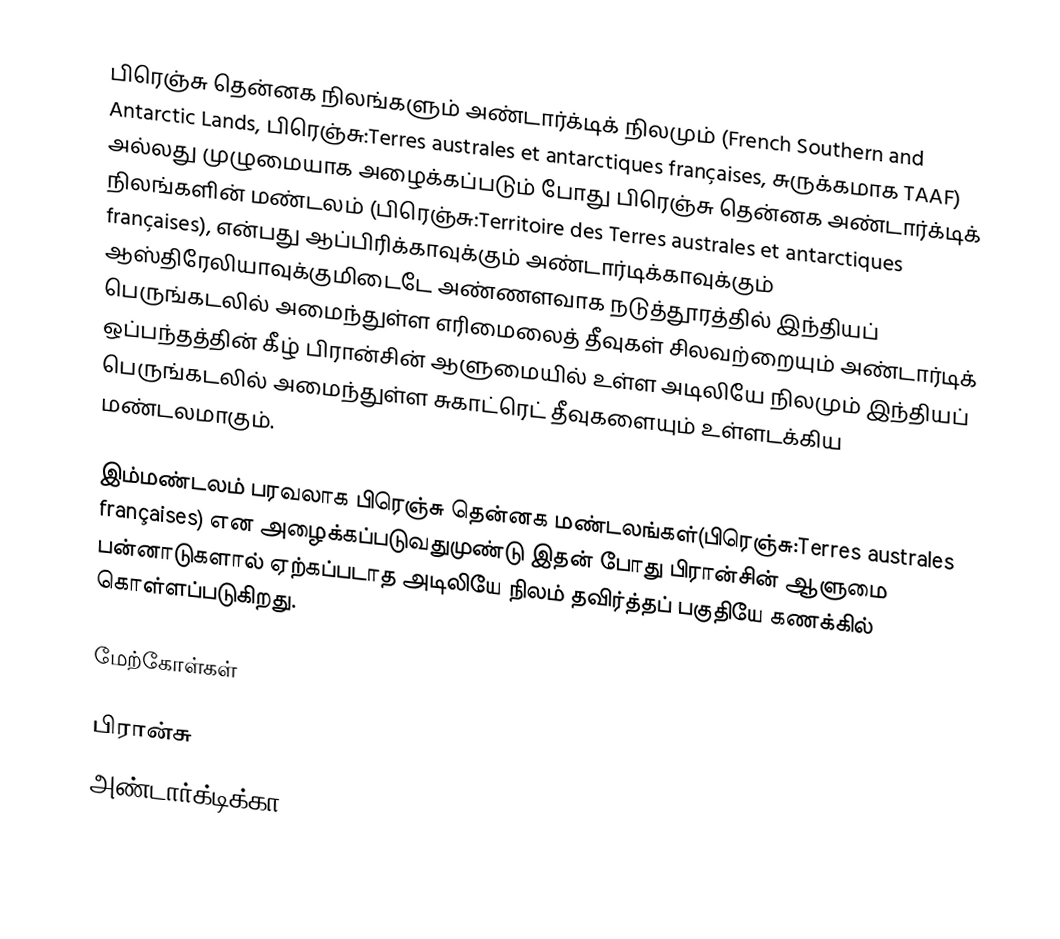
பிரெஞ்சு தென்னக நிலங்களும் அண்டார்க்டிக் நிலமும் (French Southern and Antarctic Lands, பிரெஞ்சு:Terres australes et antarctiques françaises, சுருக்கமாக TAAF) அல்லது முழுமையாக அழைக்கப்படும் போது பிரெஞ்சு தென்னக அண்டார்க்டிக் நிலங்களின் மண்டலம் (பிரெஞ்சு:Territoire des Terres australes et antarctiques françaises), என்பது ஆப்பிரிக்காவுக்கும் அண்டார்டிக்காவுக்கும் ஆஸ்திரேலியாவுக்குமிடைடே அண்ணளவாக நடுத்தூரத்தில் இந்தியப் பெருங்கடலில் அமைந்துள்ள எரிமைலைத் தீவுகள் சிலவற்றையும் அண்டார்டிக் ஒப்பந்தத்தின் கீழ் பிரான்சின் ஆளுமையில் உள்ள அடிலியே நிலமும் இந்தியப் பெருங்கடலில் அமைந்துள்ள சுகாட்ரெட் தீவுகளையும் உள்ளடக்கிய மண்டலமாகும்.

இம்மண்டலம் பரவலாக பிரெஞ்சு தென்னக மண்டலங்கள்(பிரெஞ்சு:Terres australes françaises) என அழைக்கப்படுவதுமுண்டு இதன் போது  பிரான்சின் ஆளுமை பன்னாடுகளால் ஏற்கப்படாத அடிலியே நிலம் தவிர்த்தப் பகுதியே கணக்கில் கொள்ளப்படுகிறது.

மேற்கோள்கள்

பிரான்சு
அண்டார்க்டிக்கா